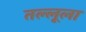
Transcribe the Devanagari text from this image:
तल्लूला